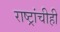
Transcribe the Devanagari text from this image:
राष्ट्रांचीही